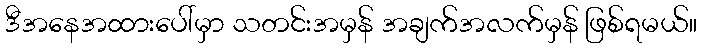
ဒီအနေအထားပေါ်မှာ သတင်းအမှန် အချက်အလက်မှန် ဖြစ်ရမယ်။